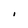
Character: I